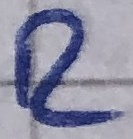
Text: R